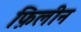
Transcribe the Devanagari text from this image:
फ़िलीन